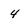
Character: 4